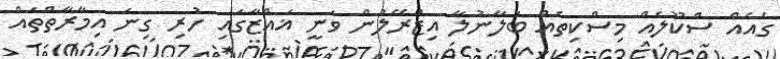
ގެއެއް ސްކޫލެއް މިސްކިތެއް ބަލާނުލާ އިޒްރޭލުން ވަނީ ޣައްޒާގައި ހުރި ގިނަ އިމާރާތްތައް